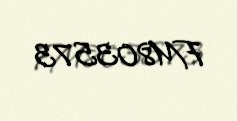
FM803573